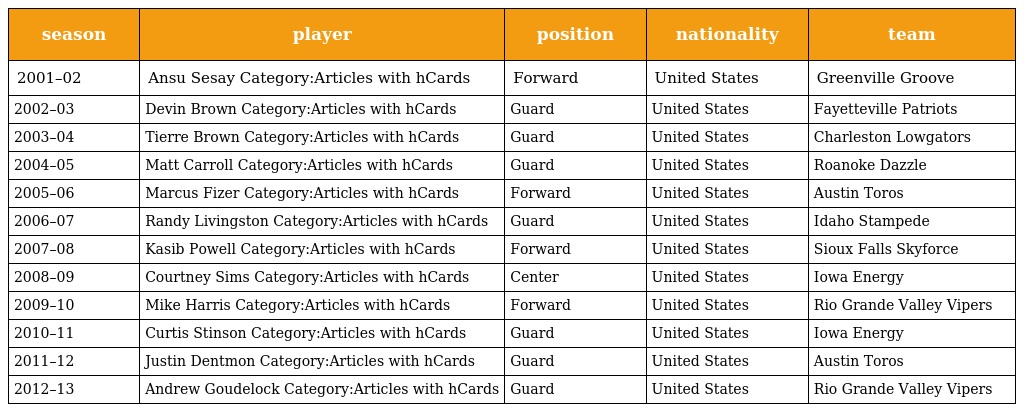
| season | player | position | nationality | team |
 | --- | --- | --- | --- | --- |
 | 2001–02 | Ansu Sesay Category:Articles with hCards | Forward | United States | Greenville Groove |
 | 2002–03 | Devin Brown Category:Articles with hCards | Guard | United States | Fayetteville Patriots |
 | 2003–04 | Tierre Brown Category:Articles with hCards | Guard | United States | Charleston Lowgators |
 | 2004–05 | Matt Carroll Category:Articles with hCards | Guard | United States | Roanoke Dazzle |
 | 2005–06 | Marcus Fizer Category:Articles with hCards | Forward | United States | Austin Toros |
 | 2006–07 | Randy Livingston Category:Articles with hCards | Guard | United States | Idaho Stampede |
 | 2007–08 | Kasib Powell Category:Articles with hCards | Forward | United States | Sioux Falls Skyforce |
 | 2008–09 | Courtney Sims Category:Articles with hCards | Center | United States | Iowa Energy |
 | 2009–10 | Mike Harris Category:Articles with hCards | Forward | United States | Rio Grande Valley Vipers |
 | 2010–11 | Curtis Stinson Category:Articles with hCards | Guard | United States | Iowa Energy |
 | 2011–12 | Justin Dentmon Category:Articles with hCards | Guard | United States | Austin Toros |
 | 2012–13 | Andrew Goudelock Category:Articles with hCards | Guard | United States | Rio Grande Valley Vipers |